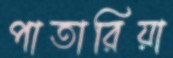
পাতারিয়া